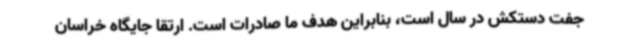
جفت دستکش در سال است، بنابراین هدف ما صادرات است. ارتقا جایگاه خراسان